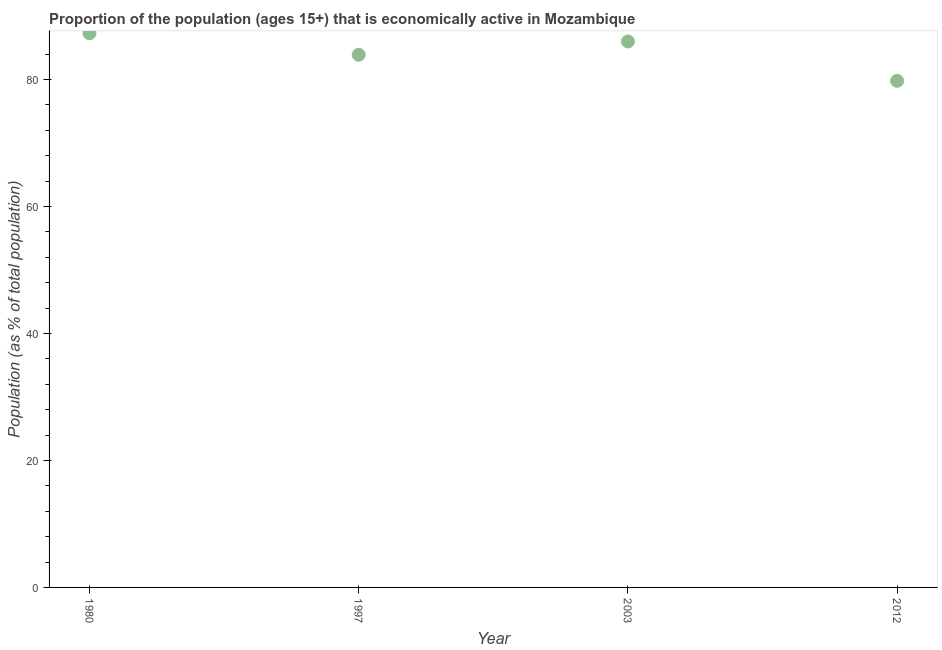
| Year | Labor force participation rate total |
 | --- | --- |
 | 1980 | 87.3 |
 | 1997 | 83.9 |
 | 2003 | 86 |
 | 2012 | 79.8 |